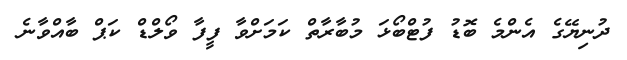
ދުނިޔޭގެ އެންމެ ބޮޑު ފުޓްބޯޅަ މުބާރާތް ކަމަށްވާ ފީފާ ވޯލްޑް ކަޕް ބާއްވާނެ